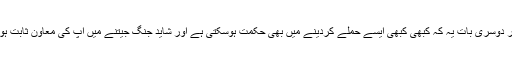
اور دوسری بات یہ کہ کبھی کبھی ایسے حملے کردینے میں بھی حکمت ہوسکتی ہے اور شاید جنگ جیتنے میں آپ کی معاون ثابت ہوں۔